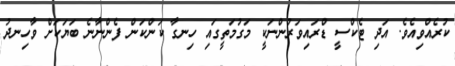
ކުރެއްވިއެވެ. އަދި ޓެކްސީ ޑްރައިވަރުންނަކީ މަގުމަތީގައި ހިނގާ ކަންކަން ފެންނާނެ ބަޔަކަށް ވާހިނދު